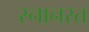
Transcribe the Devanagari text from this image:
स्नानरत